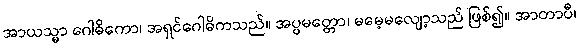
အာယသ္မာ ဂေါဓိကော၊ အရှင်ဂေါဓိကသည်။ အပ္ပမတ္တော၊ မမေ့မလျော့သည် ဖြစ်၍။ အာတာပီ၊